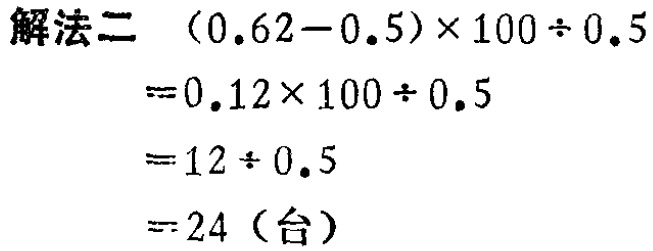
\[\begin{align*}
&(0.62 - 0.5)\times100\div0.5\\
=&0.12\times100\div0.5\\
=&12\div0.5\\
=&24 (\text{台})
\end{align*}\]